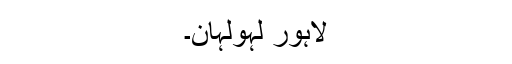
لاہور لہولہان۔